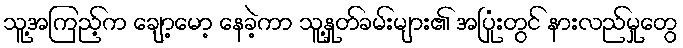
သူ့အကြည့်က ချော့မော့ နေခဲ့ကာ သူ့နှုတ်ခမ်းများ၏ အပြုံးတွင် နားလည်မှုတွေ